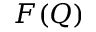
F ( Q )